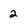
Character: 2